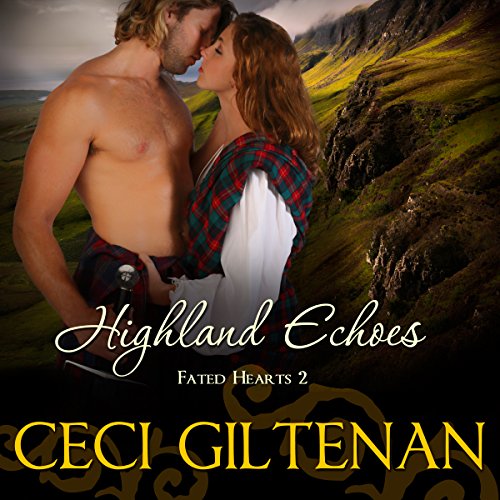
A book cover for Highland Echoes: Fated Hearts, Book 2; Ceci Giltenan; Romance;